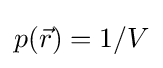
p({\vec {r}})=1/V